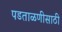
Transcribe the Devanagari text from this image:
पडताळणीसाठी